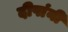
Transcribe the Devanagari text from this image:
दीपांनी